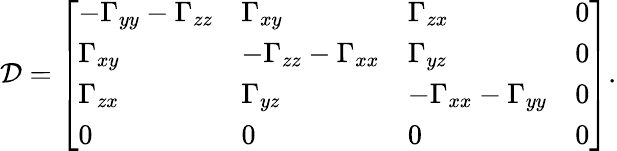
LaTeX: \mathcal{D}=\left[\begin{array}{llll}{-\Gamma_{yy}-\Gamma_{zz}}&{\Gamma_{xy}}&{\Gamma_{zx}}&{0}\\ {\Gamma_{xy}}&{-\Gamma_{zz}-\Gamma_{xx}}&{\Gamma_{yz}}&{0}\\ {\Gamma_{zx}}&{\Gamma_{yz}}&{-\Gamma_{xx}-\Gamma_{yy}}&{0}\\ {0}&{0}&{0}&{0}\end{array}\right].